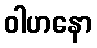
ဝါဟနော